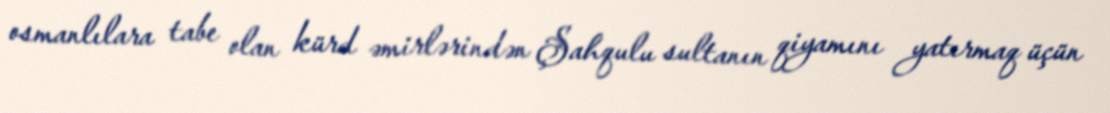
osmanlılara tabe olan kürd əmirlərindən Şahqulu sultanın qiyamını yatırmaq üçün